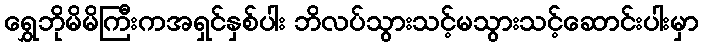
ရွှေဘိုမိမိကြီးကအရှင်နှစ်ပါး ဘိလပ်သွားသင့်မသွားသင့်ဆောင်းပါးမှာ